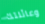
وعائلتك